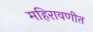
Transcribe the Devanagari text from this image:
महिरावणीत